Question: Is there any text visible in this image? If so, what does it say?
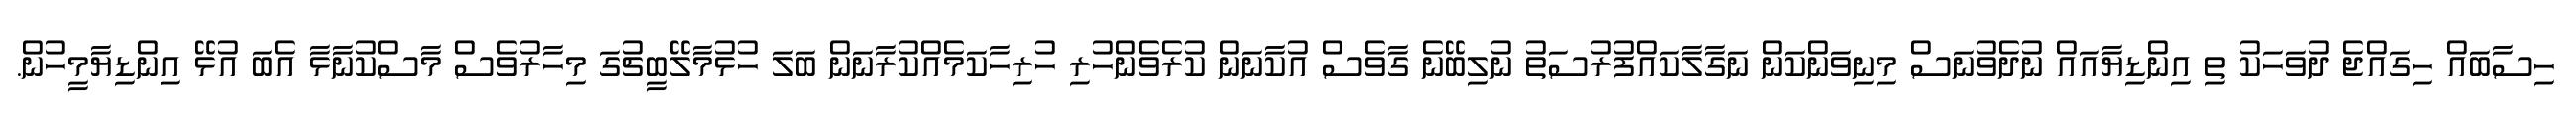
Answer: ހިސާބައް ހިގައްޖެ ދުވަހަކު ތި އިންޑިޔާއައް ނުދެވުނަސް މިނިވަންކަން ނަގާލާކައްފުރުސަތު ނުލިބޭނެ ގާވެސް އުކާނަން ކުރެވެންހުރި ހުރިހާކަމެއްކުރާނަން ބަލަ ހުޅުމާލޭބީޗުގަ މިހާރުވެސް މާސްކުނާޅާ އެބަ އުޅޭ އިންޑިޔާމީހުން.